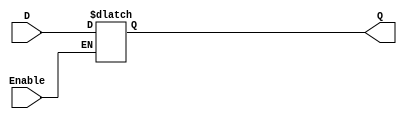
/*
=================D-LATCH==================
Como es un latch el mismo siempre cambiara
a si el reloj esta en uno no cuando ocurre
el trigger
*/
module D_latch (output reg Q, input D, Enable);
    always @ (D, Enable)
        if (Enable) Q<=D;  //el simbolo <= es una asignacion non bloking
endmodule